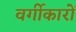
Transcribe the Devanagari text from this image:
वर्गीकारों